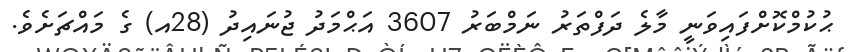
ޙުކުމްކޮށްފައިވަނީ މާލެ ދަފްތަރު ނަމްބަރު 3607 އަޙްމަދު ޖުނައިދު (28އ) ގެ މައްޗަށެވެ.